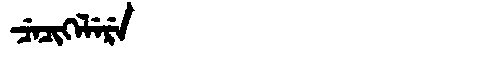
Manchu: ᠴᡝᠴᡳᡴᡝᠯᡝᡵᡝ
Romanization: CECIKELERE